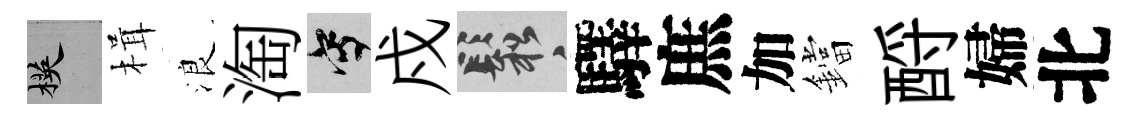
楧楫浪淘寫戍鬆驛庶加鐺酹婦北